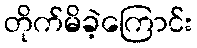
တိုက်မိခဲ့ကြောင်း